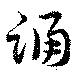
踊